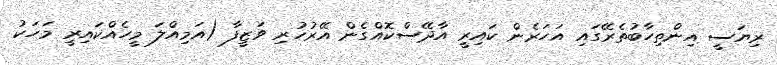
ރިޔަސީ އިންތިހާބުތެރޭގައި އަހަރެން ކައިރީ އާދޭސްކޮއްގެން އޭރުހުރި ވަޒީފާ (އަމިއްލަ މީހެއްކައިރީ މަހަކު